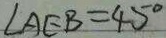
\angle A E B = 4 5 ^ { \circ }